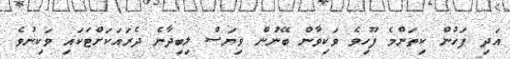
އަދި ފަހުން ކިތަންމެ ފޫހިވެ ވަކިވާން ބޭނުން ވިޔަސް ލިބިދާނެ ދެރައަކަށްޓަކައި ވަކިނުވެ